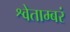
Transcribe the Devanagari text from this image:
श्वेताम्बरं